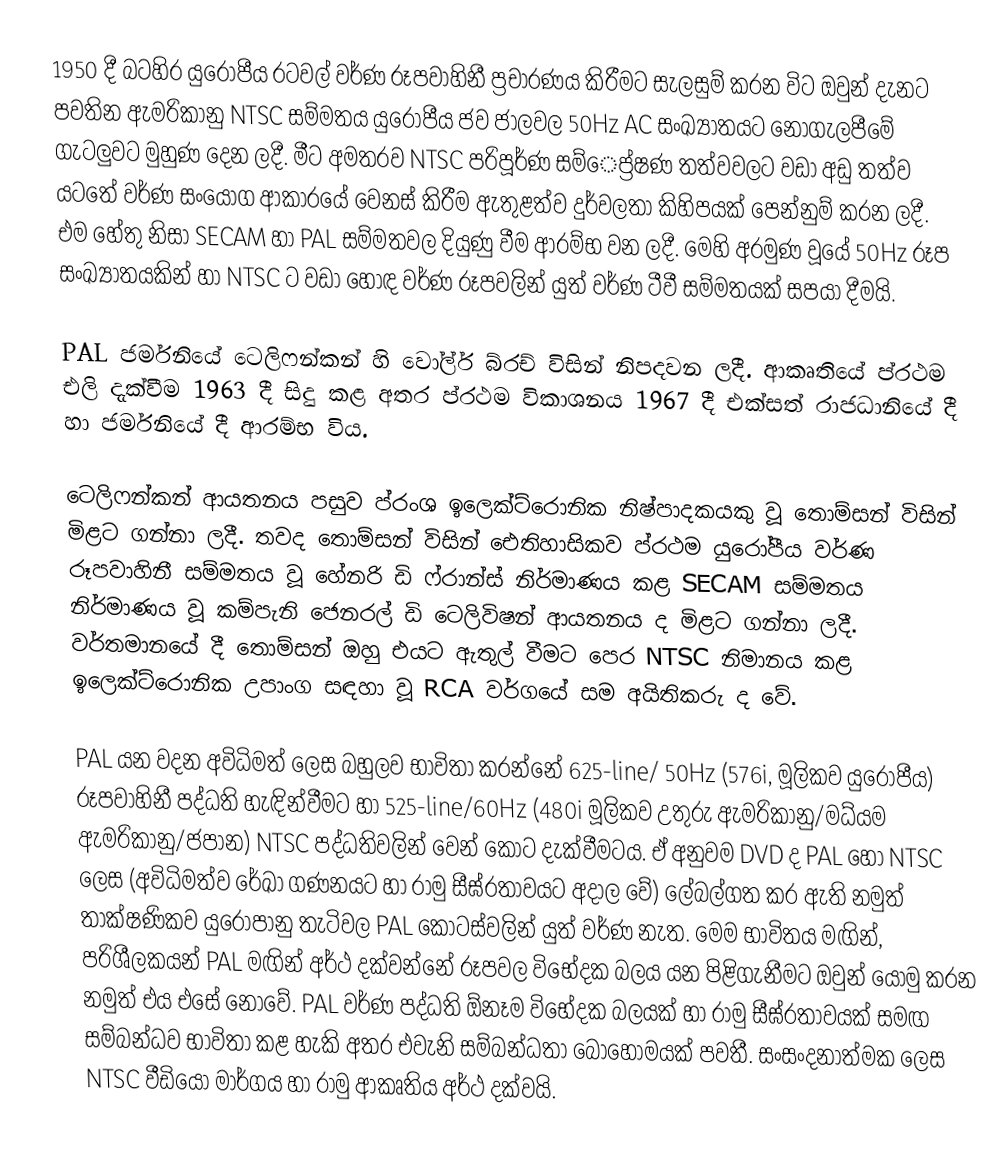
1950 දී බටහිර යුරෝපීය රටවල් වර්ණ රූපවාහිනී ප්‍රචාරණය කිරීමට සැලසුම් කරන විට ඔවුන් දැනට පවතින ඇමරිකානු NTSC සම්මතය යුරෝපීය ජව ජාලවල 50Hz AC සංඛ්‍යාතයට නොගැලපීමේ ගැටලුවට මුහුණ දෙන ලදී. මීට අමතරව NTSC පරිපූර්ණ සම්ෙප්‍ර්ෂණ තත්වවලට වඩා අඩු තත්ව යටතේ වර්ණ සංයෝග ආකාරයේ වෙනස් කිරීම ඇතුළත්ව දුර්වලතා කිහිපයක් පෙන්නුම් කරන ලදී. එම හේතු නිසා SECAM හා PAL සම්මතවල දියුණු වීම ආරම්භ වන ලදී. මෙහි අරමුණ වූයේ 50Hz රූප සංඛ්‍යාතයකින් හා NTSC ට වඩා හොඳ වර්ණ රූපවලින් යුත් වර්ණ ටීවී සම්මතයක් සපයා දීමයි.

PAL ජර්මනියේ ටෙලිෆන්කන් හි වෝල්ර් බ්රච් විසින් නිපදවන ලදී. ආකෘතියේ ප්රථම එලි දැක්වීම 1963 දී සිදු කළ අතර ප්රථම විකාශනය 1967 දී එක්සත් රාජධානියේ දී හා ජර්මනියේ දී ආරම්භ විය.

ටෙලිෆන්කන් ආයතනය පසුව ප්රංශ ඉලෙක්ට්රොනික නිෂ්පාදකයකු වූ තොම්සන් විසින් මිළට ගන්නා ලදී. තවද තොම්සන් විසින් ඓතිහාසිකව ප්රථම යුරෝපීය වර්ණ රූපවාහිනී සම්මතය වූ හේනරි ඩි ෆ්රාන්ස් නිර්මාණය කළ SECAM සම්මතය නිර්මාණය වූ කම්පැනි ජෙනරල් ඩි ටෙලිවිෂන් ආයතනය ද මිළට ගන්නා ලදී. වර්තමානයේ දී තොම්සන් ඔහු එයට ඇතුල් වීමට පෙර NTSC නිමානය කළ ඉලෙක්ට්රොනික උපාංග සඳහා වූ RCA  වර්ගයේ සම අයිතිකරු ද වේ.

PAL යන වදන අවිධිමත් ලෙස බහුලව භාවිතා කරන්නේ 625-line/ 50Hz (576i, මූලිකව යුරෝපීය) රූපවාහිනී පද්ධති හැඳින්වීමට හා 525-line/60Hz (480i මූලිකව උතුරු ඇමරිකානු/මධ්යම ඇමරිකානු/ජපාන) NTSC පද්ධතිවලින් වෙන් කොට දැක්වීමටය. ඒ අනුවම DVD ද PAL හෝ NTSC ලෙස (අවිධිමත්ව රේඛා ගණනයට හා රාමු සීඝ්රතාවයට අදාල වේ) ලේබල්ගත කර ඇති නමුත් තාක්ෂණිකව යුරෝපානු තැටිවල PAL කොටස්වලින් යුත් වර්ණ නැත. මෙම භාවිතය මඟින්, පරිශීලකයන් PAL මඟින් අර්ථ දක්වන්නේ රූපවල විභේදක බලය යන  පිළිගැනීමට ඔවුන් යොමු කරන නමුත් එය එසේ නොවේ. PAL වර්ණ පද්ධති ඕනෑම විභේදක බලයක් හා රාමු සීඝ්රතාවයක් සමඟ සම්බන්ධව භාවිතා කළ හැකි අතර එවැනි සම්බන්ධතා බොහෝමයක් පවතී. සංසංදනාත්මක ලෙස NTSC වීඩියෝ මාර්ගය හා රාමු ආකෘතිය අර්ථ දක්වයි.